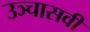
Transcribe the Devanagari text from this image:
उञ्चासवीं